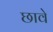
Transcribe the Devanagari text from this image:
छावे